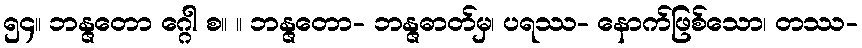
၅၄။ ဘန္ဇတော ဂ္ဂေါ စ။ ။ ဘန္ဇတော- ဘန္ဇဓာတ်မှ၊ ပရဿ- နောက်ဖြစ်သော၊ တဿ-